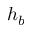
h _ { b }